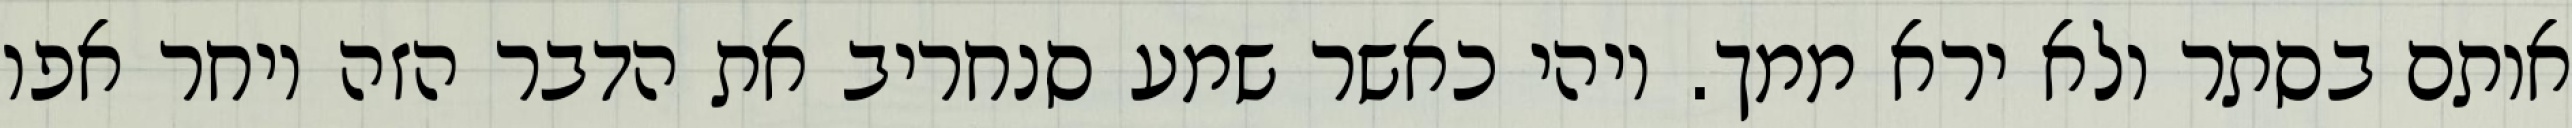
אותם בסתר ולא ירא ממך. ויהי כאשר שמע סנחריב את הדבר הזה ויחר אפו